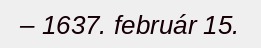
– 1637. február 15.